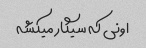
اونی که سیگار میکشه